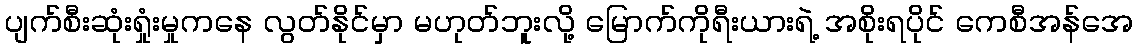
ပျက်စီးဆုံးရှုံးမှုကနေ လွတ်နိုင်မှာ မဟုတ်ဘူးလို့ မြောက်ကိုရီးယားရဲ့ အစိုးရပိုင် ကေစီအန်အေ